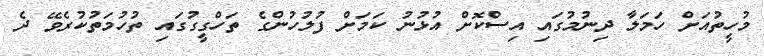
މުހީތުއަށް ހަމަލާ ދިނުމުގައި އިސްކޮށް އުޅުނު ކަމަށް ފުލުހުންގެ ތަހްގީގުގައި ތުހުމަތުކުރެވޭ ދެ